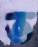
ত